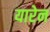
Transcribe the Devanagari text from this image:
यारेन